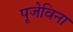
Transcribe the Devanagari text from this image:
पूजेविना